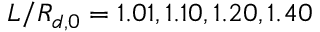
L / R _ { d , 0 } = 1 . 0 1 , 1 . 1 0 , 1 . 2 0 , 1 . 4 0